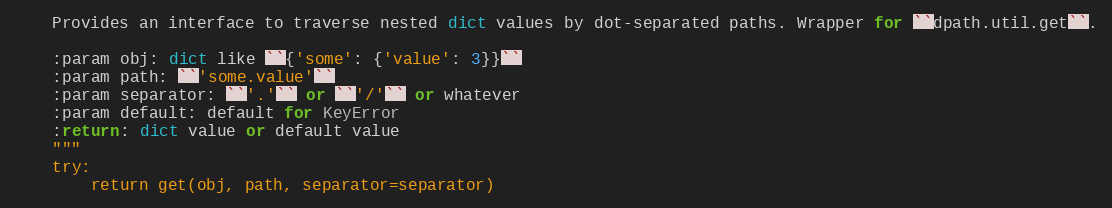
Language: Python
    Provides an interface to traverse nested dict values by dot-separated paths. Wrapper for ``dpath.util.get``.

    :param obj: dict like ``{'some': {'value': 3}}``
    :param path: ``'some.value'``
    :param separator: ``'.'`` or ``'/'`` or whatever
    :param default: default for KeyError
    :return: dict value or default value
    """
    try:
        return get(obj, path, separator=separator)